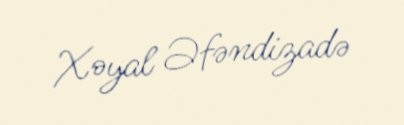
Xəyal Əfəndizadə